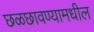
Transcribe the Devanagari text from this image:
छळछावण्यामधील